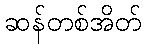
ဆန်တစ်အိတ်